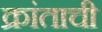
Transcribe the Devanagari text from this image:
क्रांताची